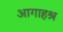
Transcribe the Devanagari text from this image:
आगाहश्र